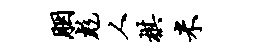
胭彪人棋米